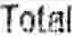
TOTAL